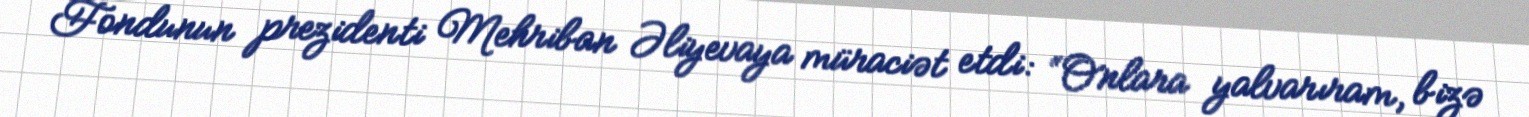
Fondunun prezidenti Mehriban Əliyevaya müraciət etdi: “Onlara yalvarıram, bizə